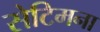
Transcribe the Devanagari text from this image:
सेटिमना